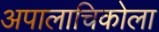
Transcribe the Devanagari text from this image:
अपालाचिकोला